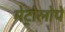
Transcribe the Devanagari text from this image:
मेट्रोलोपे